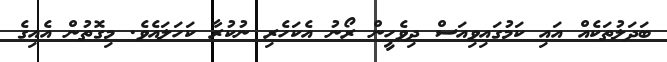
ބަދަލުތަކެއް އައި ކަމުގައިވިއަސް ދިވެހީން ރޯނު އެކަހެރި ނުކުރާ ކަހަލައެވެ. މިގޮތުން އެއިގެ